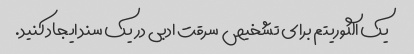
یک الگوریتم برای تشخیص سرقت ادبی در یک سند ایجاد کنید.